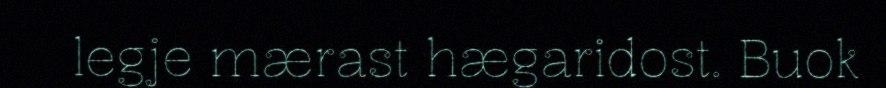
legje mærast hægaridost. Buok